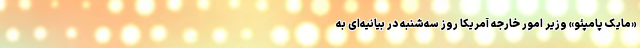
«مایک پامپئو» وزیر امور خارجه آمریکا روز سه‌شنبه در بیانیه‌ای به